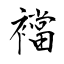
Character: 襠